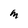
Character: M